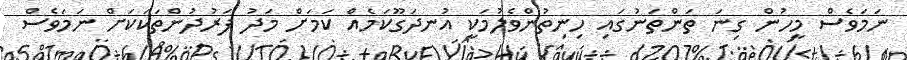
ނަމަވެސް މީހުން ގިނަ ތަންތަނުގައި ހިނިތުންވެލުމަކީ އުނދަގޫކަމެއް ކަމަށް މަދު ފަރުދުންތަކަކަށް ނަމަވެސް